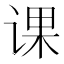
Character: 课